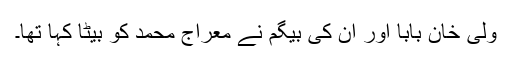
ولی خان بابا اور ان کی بیگم نے معراج محمد کو بیٹا کہا تھا۔